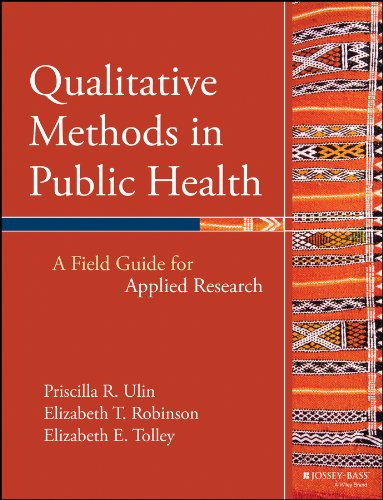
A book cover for Qualitative Methods in Public Health: A Field Guide for Applied Research; Priscilla R.  Ulin; Medical Books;